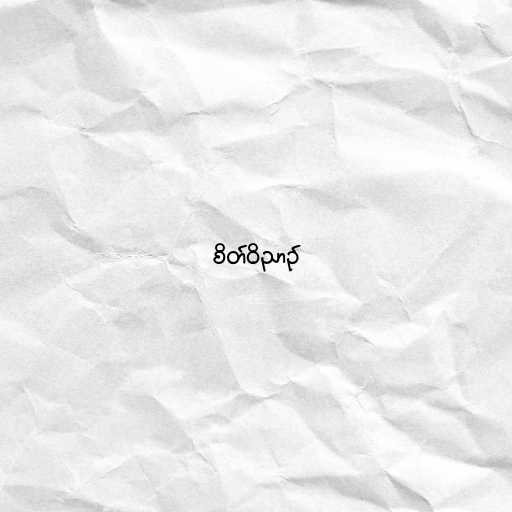
စိတ်ဝိညာဉ်